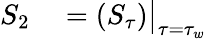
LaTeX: \begin{array}{rl}{S_{2}}&{{}=\left(S_{\tau}\right)\big|_{\tau=\tau_{w}}}\end{array}